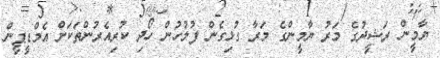
ޔާމީން ރަޝީދުގެ މަރު ޔާމީންގެ މަރާ ގުޅިގެން ފުލުހުން ހޯދި ކުރިއެރުންތަކަށް އެމްޑީޕީން